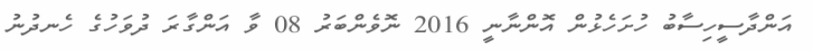
އަންދާސީހިސާބު ހުށަހެޅުން އޮންނާނީ 2016 ނޮވެންބަރު 08 ވާ އަންގާރަ ދުވަހުގެ ހެނދުނު